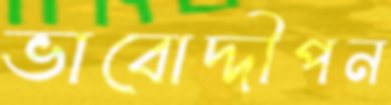
ভাবোদ্দীপন